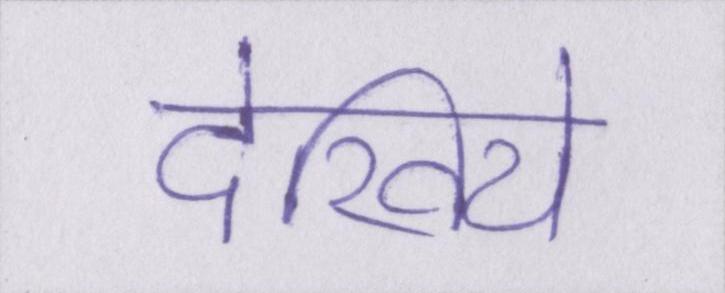
देखिये